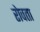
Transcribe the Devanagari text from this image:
रोवता